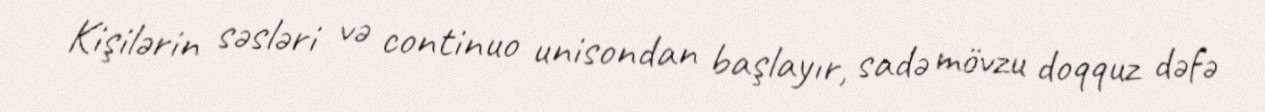
Kişilərin səsləri və continuo unisondan başlayır, sadə mövzu doqquz dəfə